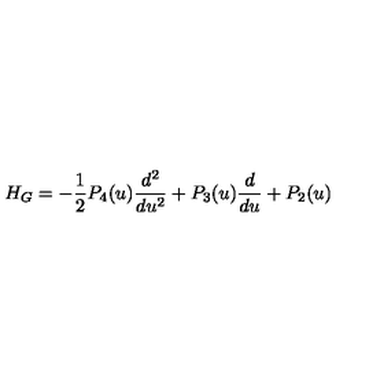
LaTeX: H _ { G } = - \frac { 1 } { 2 } P _ { 4 } ( u ) \frac { d ^ { 2 } } { d u ^ { 2 } } + P _ { 3 } ( u ) \frac { d } { d u } + P _ { 2 } ( u )